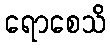
ရောစေသိ